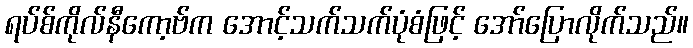
ရပ်စ်ကိုလ်နီကော့ဗ်က အောင့်သက်သက်ပုံစံဖြင့် အော်ပြောလိုက်သည်။